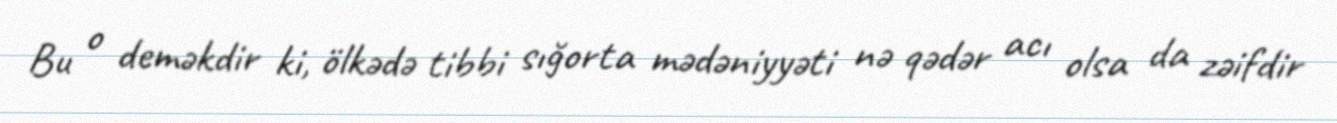
Bu o deməkdir ki, ölkədə tibbi sığorta mədəniyyəti nə qədər acı olsa da zəifdir